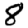
Digit: 8